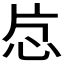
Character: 𬌔